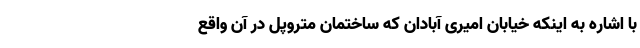
با اشاره به اینکه خیابان امیری آبادان که ساختمان متروپل در آن واقع